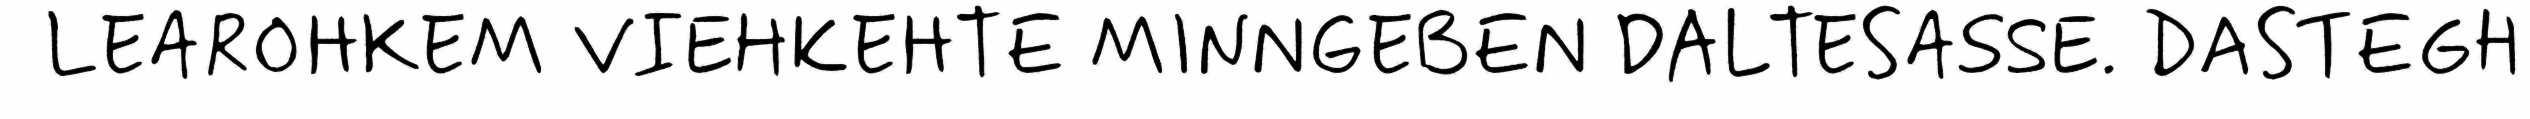
LEAROHKEM VIEHKEHTE MINNGEBEN DALTESASSE. DASTEGH